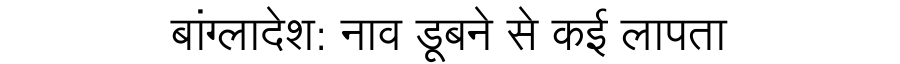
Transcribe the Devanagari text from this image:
बांग्लादेश: नाव डूबने से कई लापता